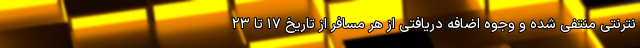
نترنتی منتفی شده و وجوه اضافه دریافتی از هر مسافر از تاریخ ۱۷ تا ۲۳